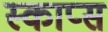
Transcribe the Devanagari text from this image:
स्काप्स